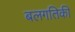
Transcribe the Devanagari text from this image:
बलगतिकी